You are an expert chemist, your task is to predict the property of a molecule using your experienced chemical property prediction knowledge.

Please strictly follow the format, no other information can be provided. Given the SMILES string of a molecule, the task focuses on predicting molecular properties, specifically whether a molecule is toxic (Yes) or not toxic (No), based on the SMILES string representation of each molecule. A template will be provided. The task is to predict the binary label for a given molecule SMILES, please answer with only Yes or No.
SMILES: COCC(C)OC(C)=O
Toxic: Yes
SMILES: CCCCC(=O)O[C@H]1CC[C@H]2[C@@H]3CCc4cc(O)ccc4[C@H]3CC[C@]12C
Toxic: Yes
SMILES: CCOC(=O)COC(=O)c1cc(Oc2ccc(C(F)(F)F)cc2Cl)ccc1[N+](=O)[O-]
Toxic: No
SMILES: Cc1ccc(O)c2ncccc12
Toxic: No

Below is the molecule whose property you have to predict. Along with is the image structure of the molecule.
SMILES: CC(C)COC(=O)COc1ccc(Cl)cc1Cl
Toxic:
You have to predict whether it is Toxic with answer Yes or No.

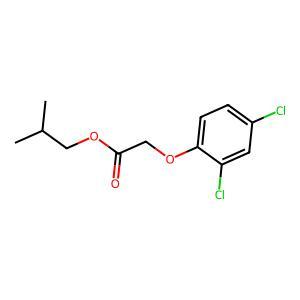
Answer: No